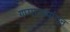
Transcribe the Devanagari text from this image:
गप्पाटप्पांतून